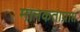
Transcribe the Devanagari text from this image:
मानकताप्राप्त